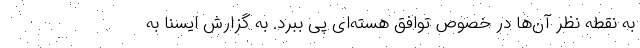
به نقطه نظر آن‌ها در خصوص توافق هسته‌ای پی ببرد. به گزارش ایسنا به